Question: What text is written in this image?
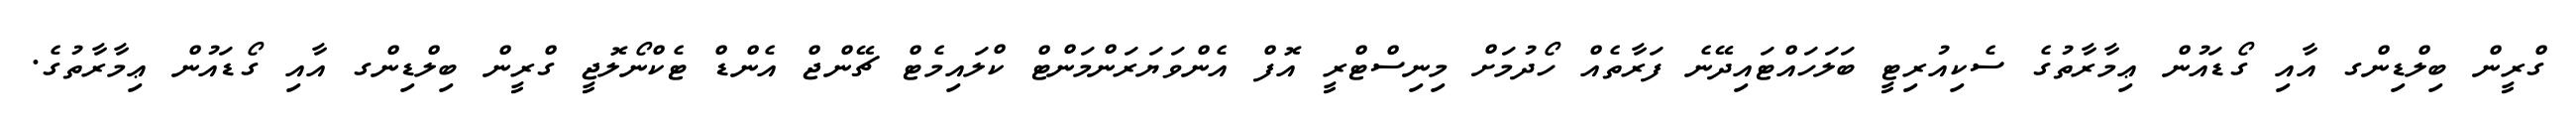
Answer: ގްރީން ބިލްޑިންގ އާއި ގޯޑައުން ޢިމާރާތުގެ ސެކިއުރިޓީ ބަލަހައްޓައިދޭނެ ފަރާތެއް ހޯދުމަށް މިނިސްޓްރީ އޮފް އެންވަޔަރަންމަންޓް ކްލައިމެޓް ޗޭންޖް އެންޑް ޓެކްނޯލޮޖީ ގްރީން ބިލްޑިންގ އާއި ގޯޑައުން ޢިމާރާތުގެ.